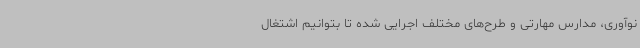
نوآوری، مدارس مهارتی و طرح‌های مختلف اجرایی شده تا بتوانیم اشتغال